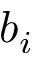
b _ { i }